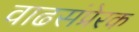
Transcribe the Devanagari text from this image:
वाढसंप्रेरक